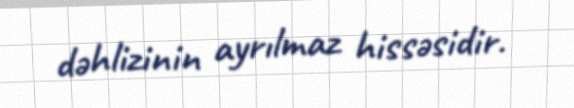
dəhlizinin ayrılmaz hissəsidir.